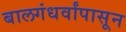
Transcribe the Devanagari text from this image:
बालगंधर्वांपासून